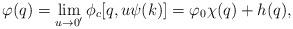
\begin{align*}\varphi(q)=\lim_{u\to 0^{\prime}}\phi_c[q,u\psi(k)]=\varphi_0\chi(q)+h(q),\end{align*}